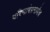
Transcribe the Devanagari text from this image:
परिभाषेप्रमाणेच